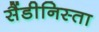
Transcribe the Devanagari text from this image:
सैंडीनिस्ता